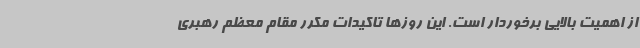
از اهمیت بالایی برخوردار است. این روزها تاکیدات مکرر مقام معظم رهبری